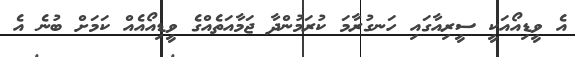
އެ ވީޑިއޯއަކީ ސީރިއާގައި ހަނގުރާމަ ކުރަމުންދާ ޖަމާއަތެއްގެ ވީޑިއޯއެއް ކަމަށް ބުނެ އެ